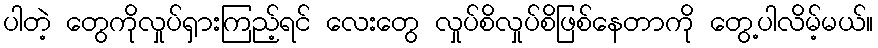
ပါတဲ့ တွေကိုလှုပ်ရှားကြည့်ရင် လေးတွေ လှုပ်စိလှုပ်စိဖြစ်နေတာကို တွေ့ပါလိမ့်မယ်။